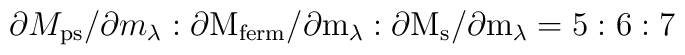
\partial M_{\rm ps} / \partial m_\lambda : \partial\rm  M_{ferm} / \partial m_\lambda : \partial M_{\rm s} / \partial m_\lambda  = 5:6:7